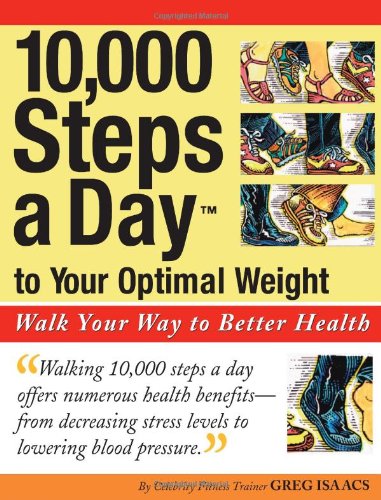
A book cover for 10,000 Steps a Day to Your Optimal Weight: Walk Your Way to Better Health; Greg Isaacs; Health, Fitness & Dieting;